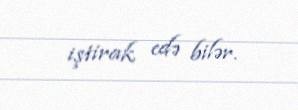
iştirak edə bilər.